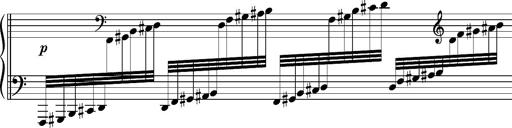
Title: Cadenza, S.695f
Composer: Franz Liszt